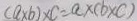
( a \times b ) \times c = a \times ( b \times c )